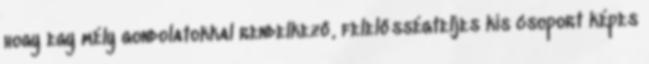
hogy egy mély gondolatokkal rendelkező, felelősségteljes kis csoport képes